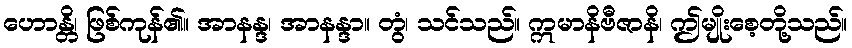
ဟောန္တိ၊ ဖြစ်ကုန်၏။ အာနန္ဒ၊ အာနန္ဒာ။ တွံ၊ သင်သည်။ ဣမာနိဗီဇာနိ၊ ဤမျိုးစေ့တို့သည်။